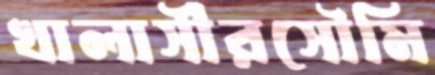
খালাসীরসৌমি